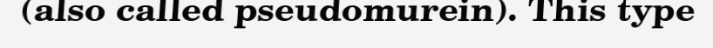
(also called pseudomurein). This type